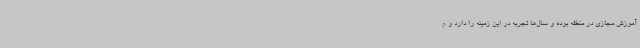
آموزش مجازی در منطقه بوده و سال‌ها تجربه در این زمینه را دارد و م